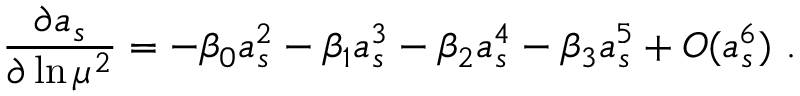
\frac { \partial a _ { s } } { \partial \ln \mu ^ { 2 } } = - \beta _ { 0 } a _ { s } ^ { 2 } - \beta _ { 1 } a _ { s } ^ { 3 } - \beta _ { 2 } a _ { s } ^ { 4 } - \beta _ { 3 } a _ { s } ^ { 5 } + O ( a _ { s } ^ { 6 } ) ~ .